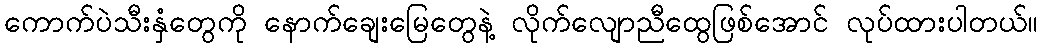
ကောက်ပဲသီးနှံတွေကို နောက်ချေးမြေတွေနဲ့ လိုက်လျောညီထွေဖြစ်အောင် လုပ်ထားပါတယ်။